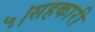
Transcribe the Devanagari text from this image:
५।सहकारी